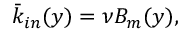
\bar { k } _ { i n } ( y ) = \nu B _ { m } ( y ) ,